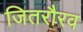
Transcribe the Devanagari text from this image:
जितरौरव